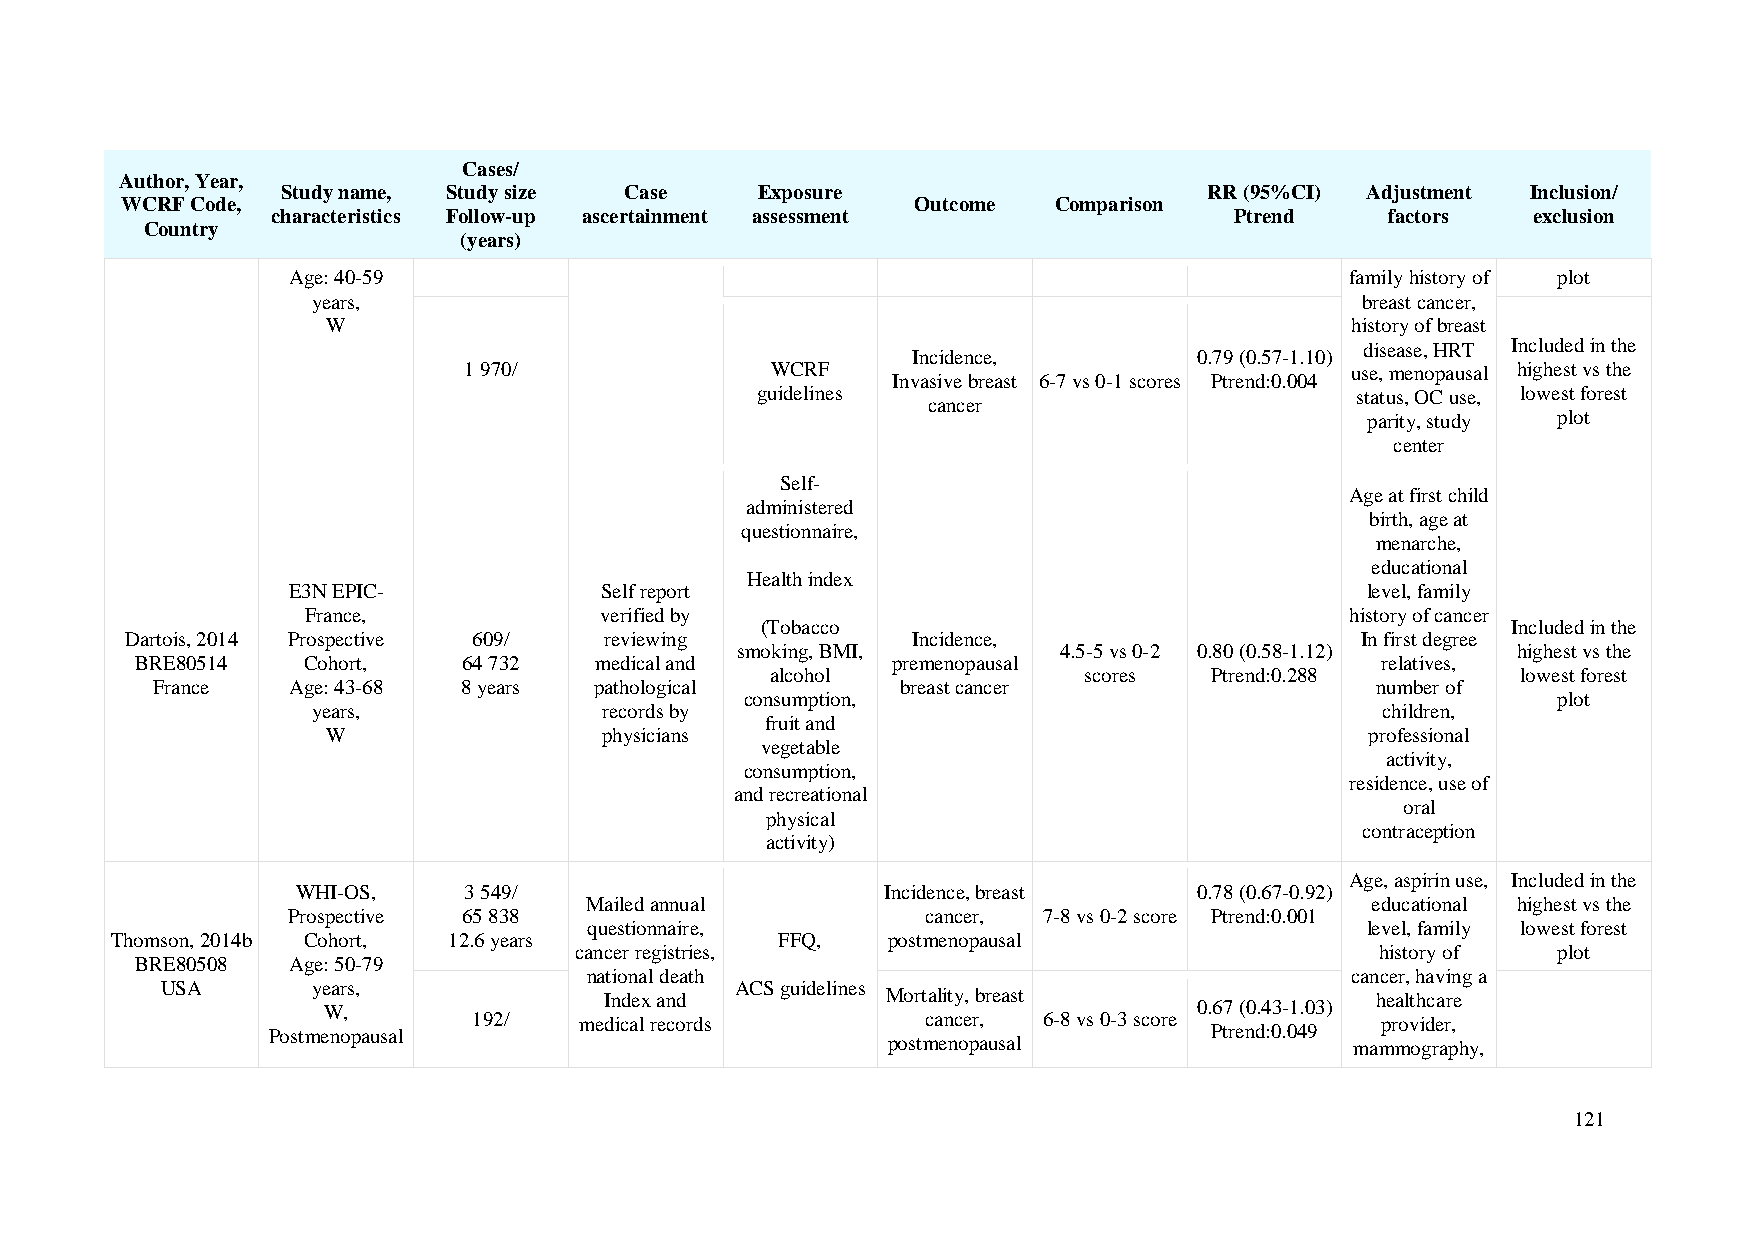
Cases/
 Author, Year,
 Study name, Study size Case    Exposure                      RR (95%CI) Adjustment Inclusion/
 WCRF Code,                                           Outcome  Comparison
 characteristics Follow-up ascertainment assessment              Ptrend    factors  exclusion
 Country
 (years)
 Age: 40-59                                                            family history of plot
 years,                                                               breast cancer,
 W                                                                  history of breast
 disease, HRT Included in the
 Incidence,         0.79 (0.57-1.10)
 1 970/              WCRF                                  use, menopausal highest vs the
 Invasive breast 6-7 vs 0-1 scores Ptrend:0.004
 guidelines                              status, OC use, lowest forest
 cancer
 parity, study plot
 center
 Self-
 Age at first child
 administered
 birth, age at
 questionnaire,
 menarche,
 educational
 Health index
 E3N EPIC-            Self report                                       level, family
 France,             verified by                                      history of cancer
 (Tobacco                                          Included in the
 Dartois, 2014 Prospective 609/  reviewing           Incidence,                    In first degree
 smoking, BMI,        4.5-5 vs 0-2 0.80 (0.58-1.12) highest vs the
 BRE80514   Cohort,    64 732  medical and         premenopausal                   relatives,
 alcohol              scores  Ptrend:0.288         lowest forest
 France   Age: 43-68  8 years pathological         breast cancer                  number of
 consumption,                                          plot
 years,             records by                                         children,
 fruit and
 W                 physicians                                         professional
 vegetable
 activity,
 consumption,
 residence, use of
 and recreational
 oral
 physical
 contraception
 activity)
 Age, aspirin use, Included in the
 WHI-OS,    3 549/                      Incidence, breast   0.78 (0.67-0.92)
 Mailed annual                                       educational highest vs the
 Prospective 65 838                        cancer, 7-8 vs 0-2 score Ptrend:0.001
 questionnaire,                                     level, family lowest forest
 Thomson, 2014b Cohort, 12.6 years            FFQ,   postmenopausal
 cancer registries,                                   history of  plot
 BRE80508  Age: 50-79
 national death                                    cancer, having a
 USA       years,                      ACS guidelines
 Index and          Mortality, breast               healthcare
 W,                                                        0.67 (0.43-1.03)
 192/   medical records        cancer, 6-8 vs 0-3 score      provider,
 Postmenopausal                                                Ptrend:0.049
 postmenopausal                 mammography,
 121